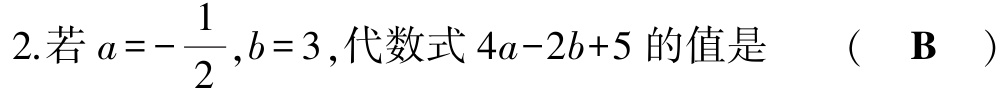
2.若\(a = - \dfrac{1}{2},b = 3\),代数式\(4a - 2b + 5\)的值是  （  \(\mathbf{B}\)  ）